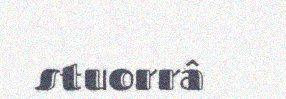
stuorrâ